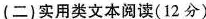
(二)实用类文本阅读(12分）